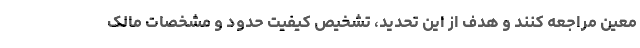
معین مراجعه کنند و هدف از این تحدید، تشخیص کیفیت حدود و مشخصات مالک